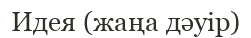
Идея (жаңа дәуір)